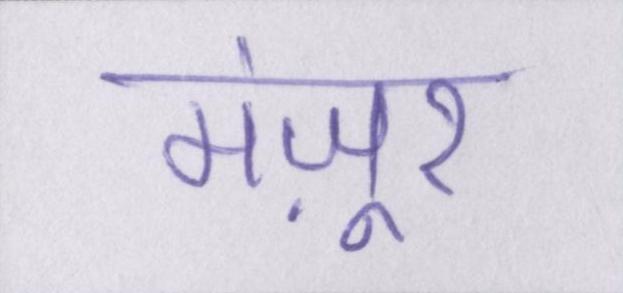
मंज़ूर